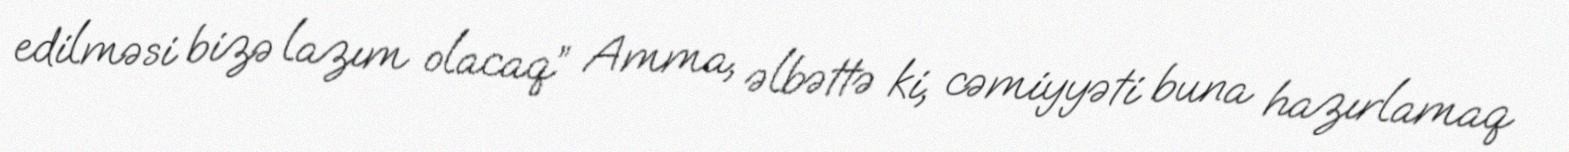
edilməsi bizə lazım olacaq” Amma, əlbəttə ki, cəmiyyəti buna hazırlamaq